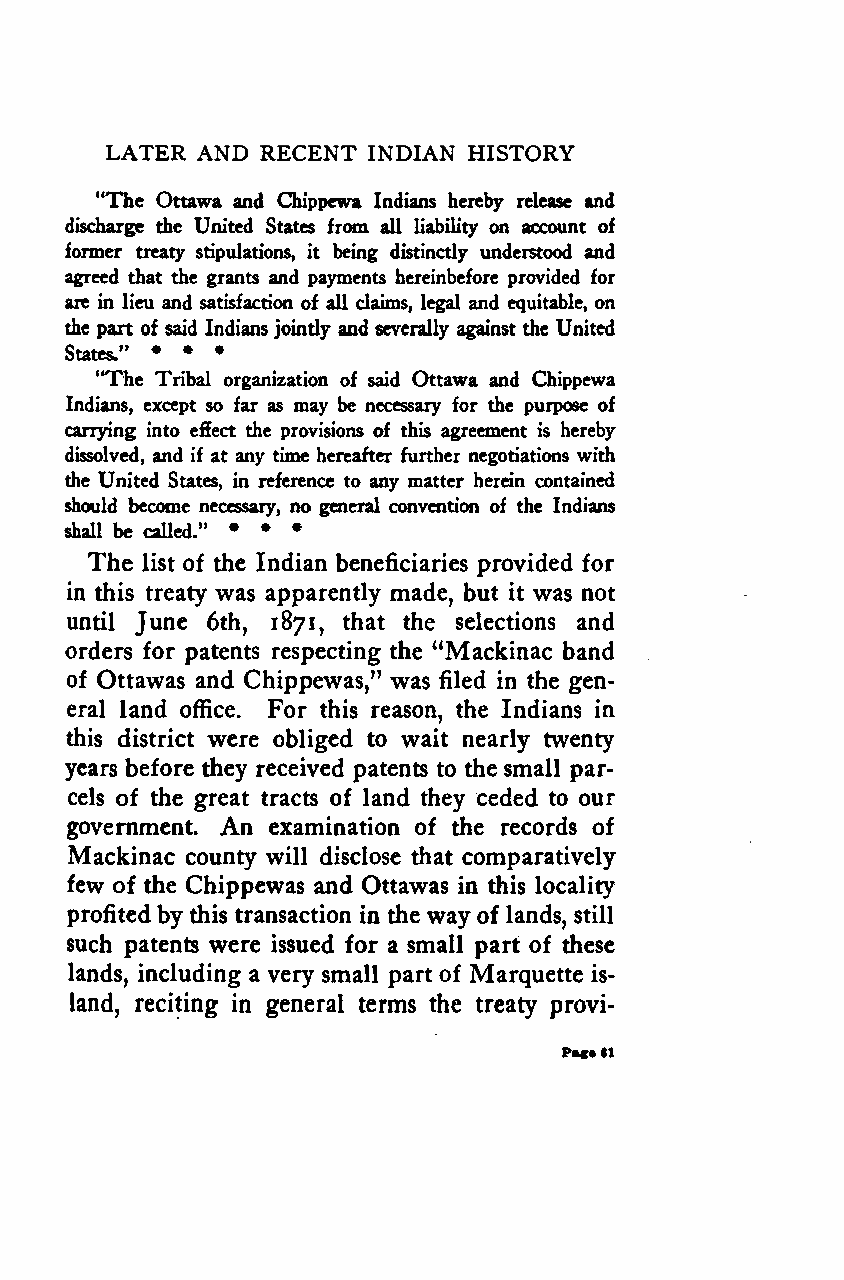
LATER AND RECENT INDIAN HISTORY
 "The Ottawa and Chippewa Indians hereby release and
 discharge the United States from all liability on account of
 former treaty stipulations, it being distinctly understood and
 agreed that the grants and payments hereinbefore provided for
 are in lieu and satisfaction of all claims, legal and equitable, on
 the part of said Indiansjointly and severally against the United
 States." * * *
 "The Tribal organization of said Ottawa and Chippewa
 Indians, except so far as may be necessary for the purpose of
 carrying into effect the provisions of this agreement is hereby
 dissolved, and if at any time hereafter further negotiations with
 the United States, in reference to any matter herein contained
 should become necessary, no general convention of the Indians
 shall be called." * * *
 The list of the Indian beneficiaries provided for
 in this treaty was apparently made, but it was not
 until June 6th, 1871, that the selections and
 orders for patents respecting the "Mackinac band
 of Ottawas and Chippewas," was filed in the gen-
 eral land office. For this reason, the Indians in
 this district were obliged to wait nearly twenty
 years before they received patents to the small par-
 cels of the great tracts of land they ceded to our
 government. An examination of the records of
 Mackinac county will disclose that comparatively
 few of the Chippewas and Ottawas in this locality
 profitedby this transaction in the wayof lands, still
 such patents were issued for a small part of these
 lands, including a very small part of Marquette is-
 land, reciting in general terms the treaty provi-
 Pate61
 Google
 Digitizedby